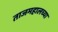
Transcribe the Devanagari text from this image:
ताजमहालच्या